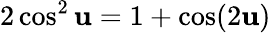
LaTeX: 2\cos^{2}\mathbf{u}=1+\cos(2\mathbf{u})